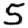
Digit: 5